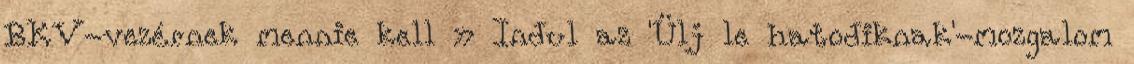
BKV-vezérnek mennie kell » Indul az 'Ülj le hatodiknak'-mozgalom